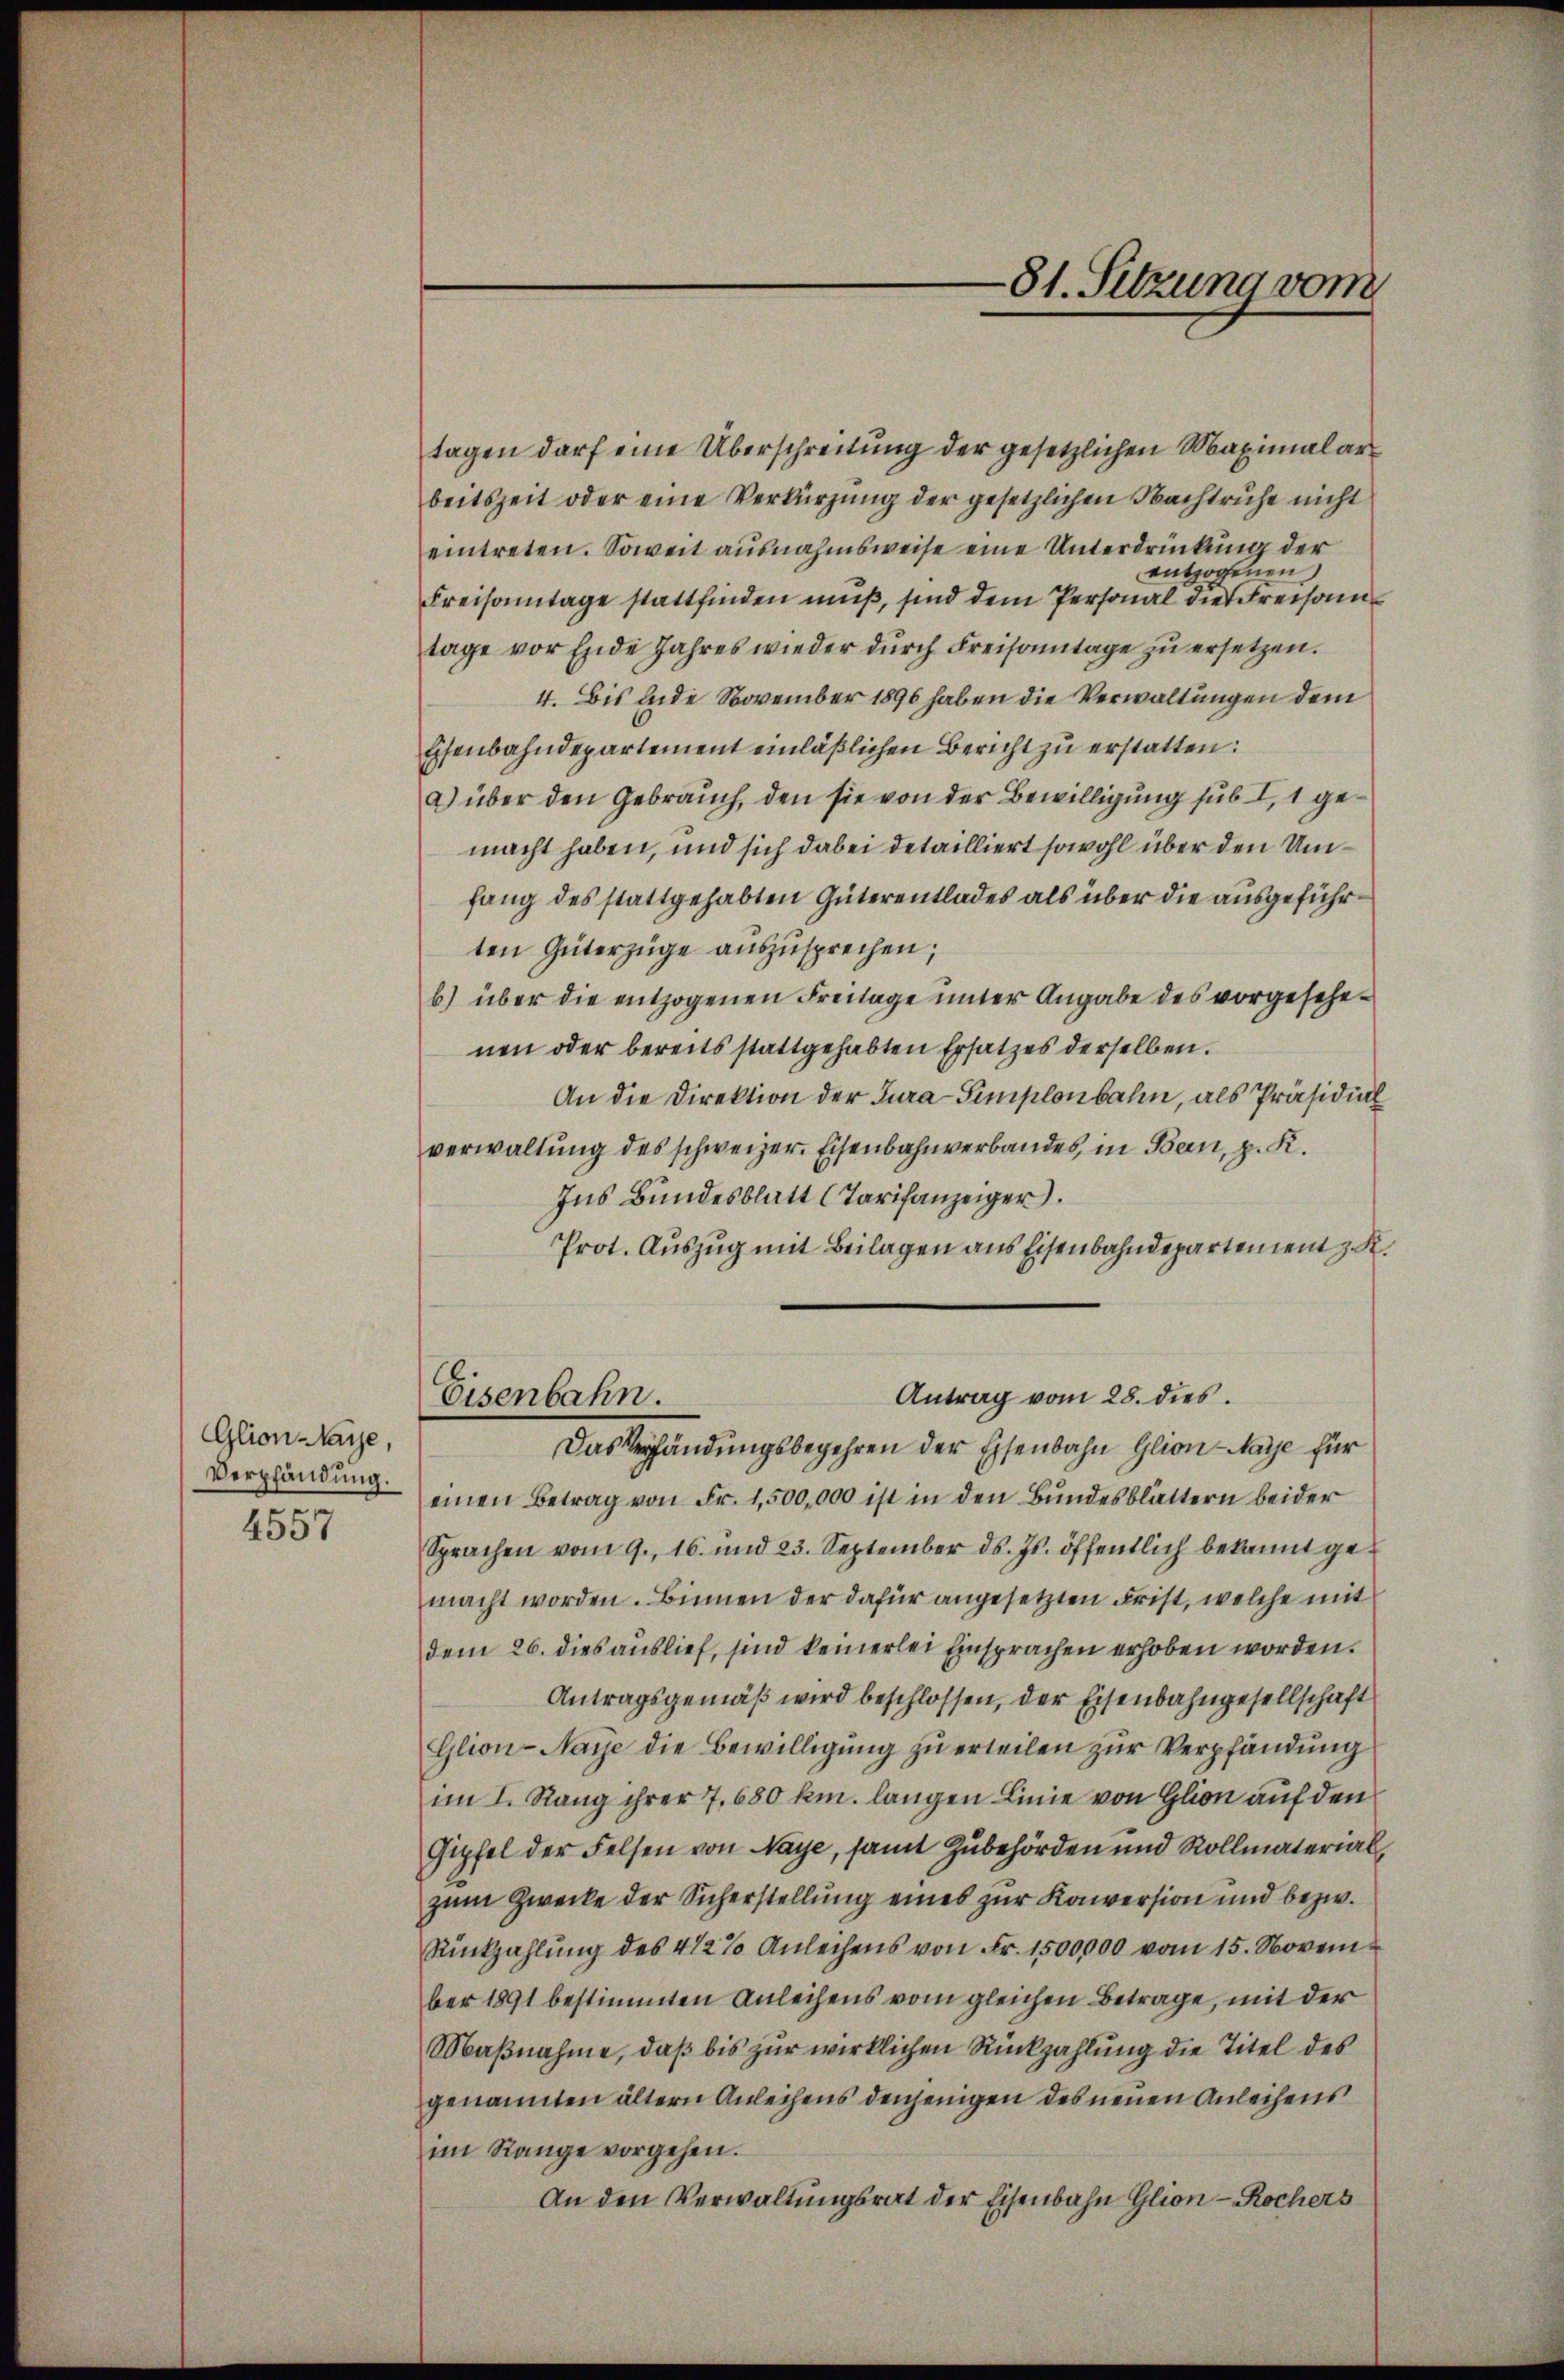
Glion Maye,
Verpfändung.
4557

tagen darf eine Überschreitung der gesetzlichen Maximalarbeitszeit oder eine Verkürzung der gesetzlichen Nachtruhe nicht
eintreten. Soweit ausnahmsweise eine Unterdrückung der
entzogenen
Freisamtage stattfinden muß, sind dem Personal die Freisam
tage vor Ende Jahres wieder durch Freisamtage zu ersetzen.
4. Bis inde November 1896 haben die Verwaltungen dem
Eisenbahndepartement einläßlichen Bericht zu erstatten:
a) über den Gebrauch, den sie von der Bewilligung sub I, 1 gemacht haben, und sich dabei detailliert sowohl über den Umfang des stattgehabten Güterentlades als über die ausgeführten Güterzüge auszusprechen,
b) über die entzogenen Freilage unter Angabe des vorgesehenen oder bereits stattgehabten Ersatzes derselben.
An die Direktion der Jura Simplonbahn, als Präsidial
verwaltŭng des schweizer. Eisenbahnverbandes, in Bern, p. K.
Ins Bundesblatt (Tarifanzeiger.
Prot. Auszug mit Beilagen aus Eisenbahndepartement z. K.
Antrag vom 28. dies
Eisenbahn.
Das Verpfändungsbegehren der Eisenbahn Glion-Maye für
einen Betrag von Fr. 1,500,000 ist in den Bundesblättern beider
Sprachen vom 9. 16. und 23. September ds. Js. öffentlich bekannt ge-
macht worden. Binnen der dafür angesetzten Frist, welche mit
dem 26. dies auslief, sind keinerlei Einsprachen erhoben worden.
Antragsgemäß wird beschlossen, der Eisenbahngesellschaft
Glion-Naye die Bewilligung zu erteilen zur Verpfändung
im I. Rang ihrer 7. 680 km. langen Linie von Glion auf den
Gipfel der Felsen von Naye, samt Zubehörden und Rollmaterial,
zum Zwecke der Sicherstellung eines zur Konversion und bezw.
Rückzahlŭng des 4 1/2% Anleihens von Fr. 1500000 vom 15. November 1891 bestimmten Anleihens vom gleichen Betrage, mit der
Maßnahme, daß bis zur wirklichen Rückzahlung die Titel des
genannten ältern Anleihens denjenigen des neuen Anleihens
im Range vorgehen.
An den Verwaltungsrat der Eisenbahn Glion - Rochers

—81. Sitzung vom